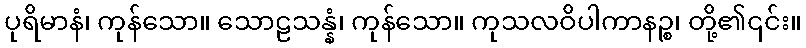
ပုရိမာနံ၊ ကုန်သော။ သောဠသန္နံ၊ ကုန်သော။ ကုသလဝိပါကာနဉ္စ၊ တို့၏၎င်း။